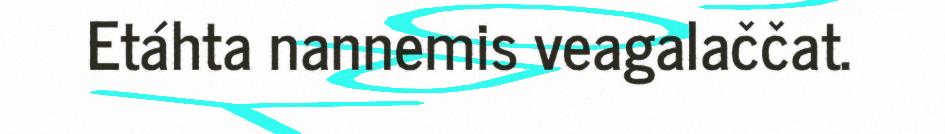
Etáhta nannemis veagalaččat.